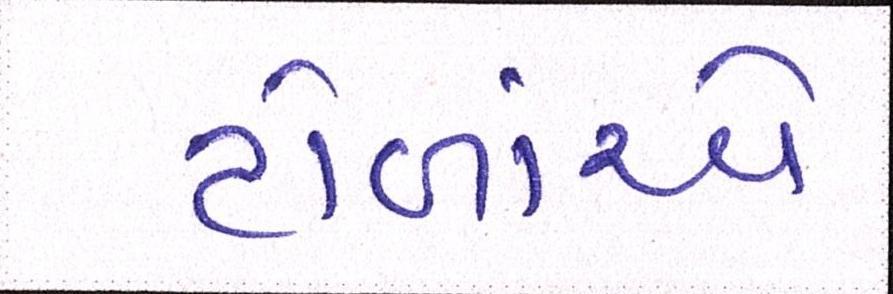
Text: ટોળાંએ